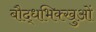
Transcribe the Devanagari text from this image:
बौद्धभिक्खुओं